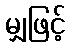
မျှဖြင့်